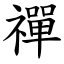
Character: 禪